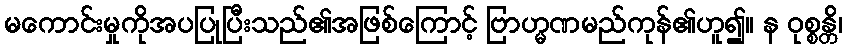
မကောင်းမှုကိုအပပြုပြီးသည်၏အဖြစ်ကြောင့် ဗြာဟ္မဏမည်ကုန်၏ဟူ၍။ န ဝုစ္စန္တိ၊